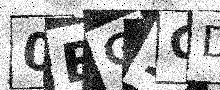
Text: 0EG1GD